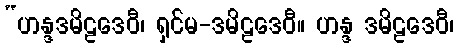
“ဟန္ဒဒမိဠဒေဝီ၊ ရှင်မ-ဒမိဠဒေဝီ။ ဟန္ဒ ဒမိဠဒေဝီ၊